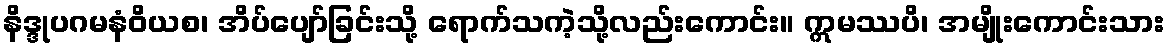
နိဒ္ဒုပဂမနံဝိယစ၊ အိပ်ပျော်ခြင်းသို့ ရောက်သကဲ့သို့လည်းကောင်း။ ဣမဿပိ၊ အမျိုးကောင်းသား